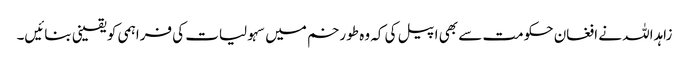
زاہداللہ نے افغان حکومت سے بھی اپیل کی کہ وہ طورخم میں سہولیات کی فراہمی کو یقینی بنائیں۔